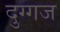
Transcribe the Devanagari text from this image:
दुग्गज